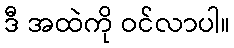
ဒီ အထဲကို ဝင်လာပါ။